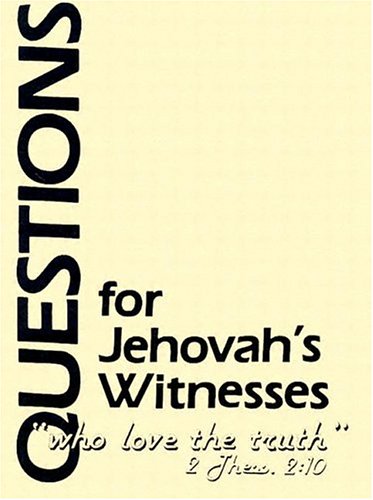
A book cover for Questions for Jehovah's Witnesses; William Cetnar; Christian Books & Bibles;